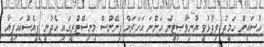
ހުސައިން ހަމީދު ވިދާޅުވީ ޔުނިވާސިޓީން އަންނަ އަހަރަށް ފިނޭންސް މިނިސްޓްރީގައި އެދުނީ ޕީއެސްއައިޕީއާ